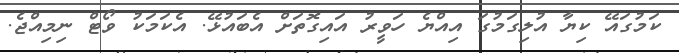
ކަމުގައޭ ކިޔާ އުލިގަމުގަ އިއްޔެ ހަވީރު އައިގޮތަށް އެބައުޅޭ. އެކަމަކު ވޯޓް ނިމިއްޖެ.